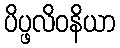
ပိပ္ဖလိဝနိယာ